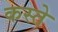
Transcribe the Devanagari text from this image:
कस्‍ते